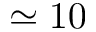
\simeq 1 0